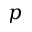
p